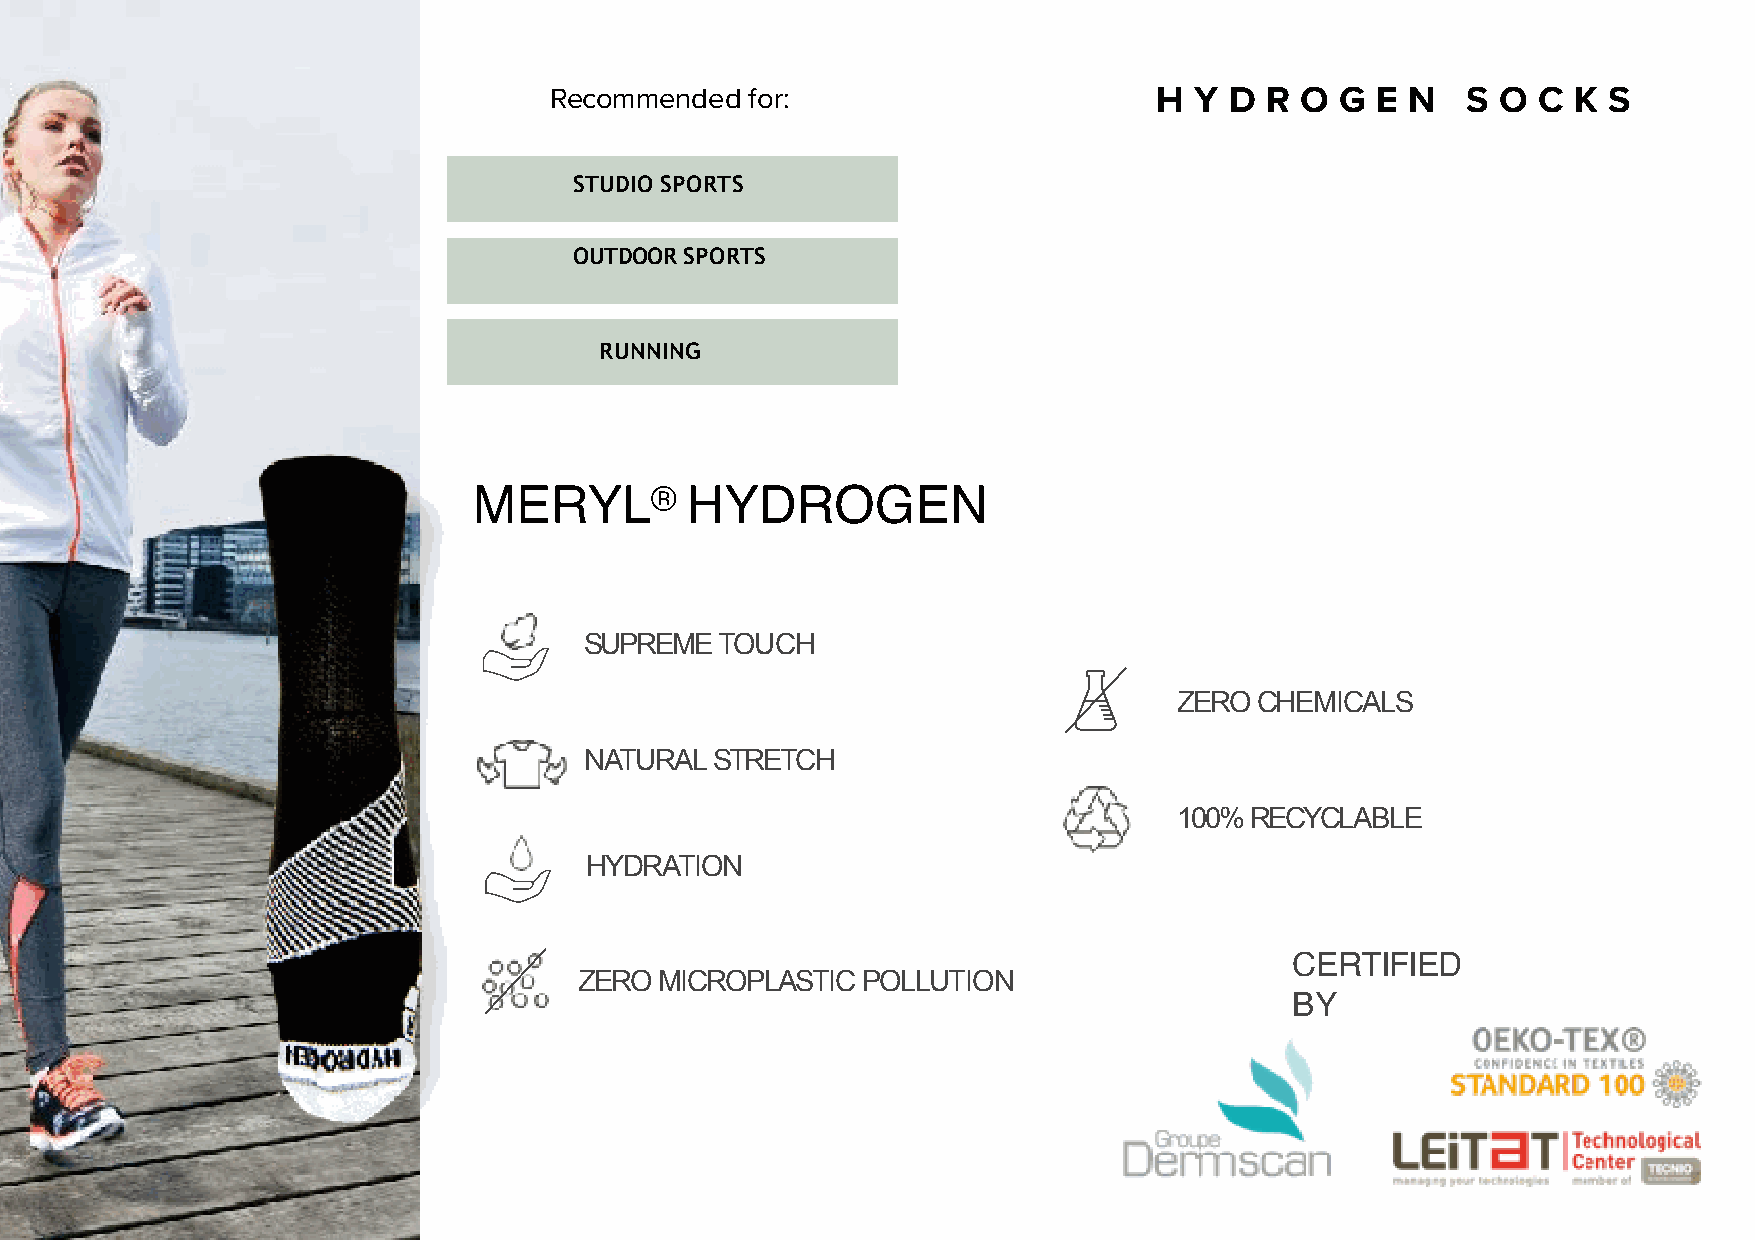
Recommended  for:                        H Y D  R O  G E N   S O  C K S
 STUDIO SPORTS
 OUTDOOR SPORTS
 RUNNING
 MERYL®        HYDROGEN
 SUPREME TOUCH
 ZERO CHEMICALS
 NATURAL STRETCH
 100% RECYCLABLE
 HYDRATION
 CERTIFIED
 ZERO  MICROPLASTIC POLLUTION
 BY